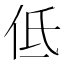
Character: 低